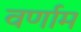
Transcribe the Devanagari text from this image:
वर्णाम